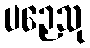
ပဉှေသု